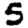
Digit: 5